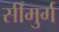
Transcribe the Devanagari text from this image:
सीमुर्ग